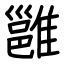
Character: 雝